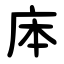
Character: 㡷